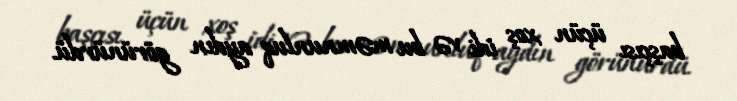
başçısı üçün xoş idi və bu məmnunluq aydın görünürdü.